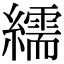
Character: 繻